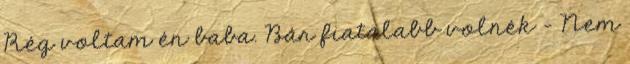
Rég voltam én baba. Bár fiatalabb volnék - Nem